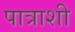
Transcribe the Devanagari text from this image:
पात्राशी